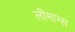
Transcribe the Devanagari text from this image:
लीमान्स